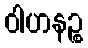
ဝါဟနဉ္စ